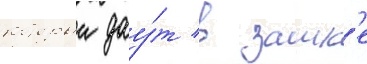
которыи дау́т в замк'е